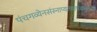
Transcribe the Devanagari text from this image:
पंचगव्येनसंस्नाप्यतथापंचामृतेनवै